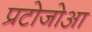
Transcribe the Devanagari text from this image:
प्रटोजोआ